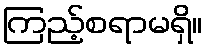
ကြည့်စရာမရှိ။